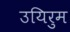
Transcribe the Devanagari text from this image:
उयिरुम